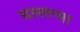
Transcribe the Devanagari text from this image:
यल्लप्पा